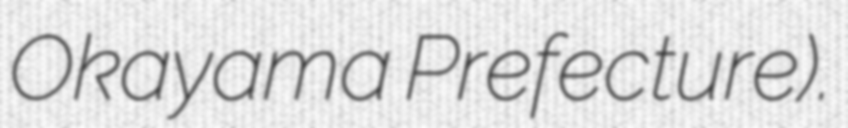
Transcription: Okayama Prefecture).